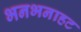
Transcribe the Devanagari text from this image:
भनभनाहट